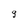
Character: 9